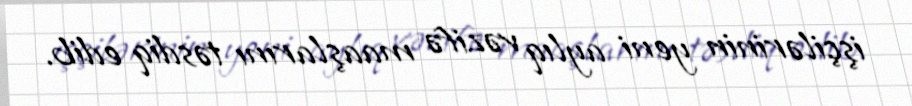
işçilərinin yeni aylıq vəzifə maaşlarını təsdiq edib.